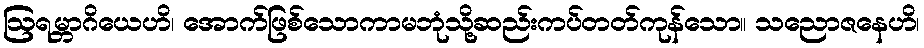
ဩရမ္ဘာဂိယေဟိ၊ အောက်ဖြစ်သောကာမဘုံသို့ဆည်းကပ်တတ်ကုန်သော။ သညောဇနေဟိ၊